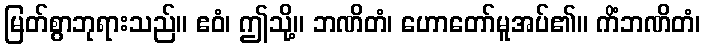
မြတ်စွာဘုရားသည်။ ဧဝံ၊ ဤသို့။ ဘဏိတံ၊ ဟောတော်မူအပ်၏။ ကိံဘဏိတံ၊